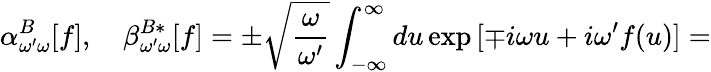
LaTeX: \alpha_{\omega^{\prime}\omega}^{B}[f],\quad\beta_{\omega^{\prime}\omega}^{B*}[f]=\pm\sqrt{\frac{\omega}{\omega^{\prime}}}\int_{-\infty}^{\infty}du\exp\, [\mp i\omega u+i\omega^{\prime}f(u)]=